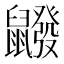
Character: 𪖆